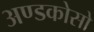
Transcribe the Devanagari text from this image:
अण्डकोसो